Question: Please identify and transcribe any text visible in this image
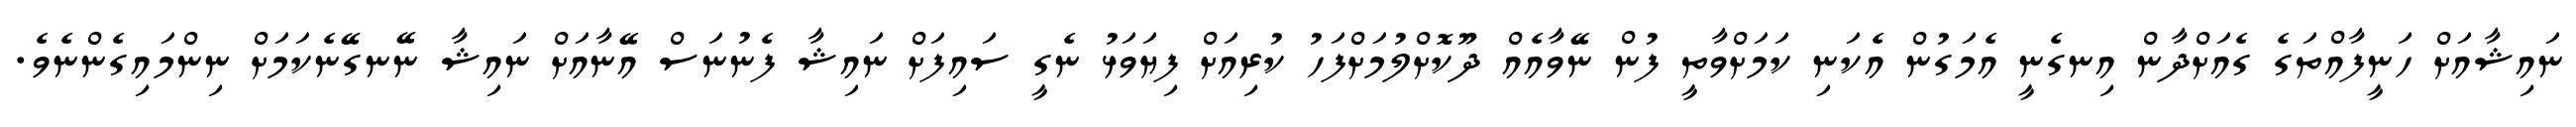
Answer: ނައިޝާއަށް ހަނީފާއްތަގެ ގެއަށްދާން އިނގެނީ އެމަގުން އެކަނި ކަމަށްވާތީ ފުން ނޭވާއެއް ދޫކޮށްލުމަށްފަހު ކުރިއަށް ފިޔަވަޅު ނެގީ ސައިފަށް ނައިޝާ ފެނުނަސް އޭނާއަށް ނައިޝާ ނޭނގޭނެކަމަށް ނިންމައިގެންނެވެ.